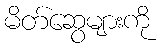
မိတ်ဆွေများကို